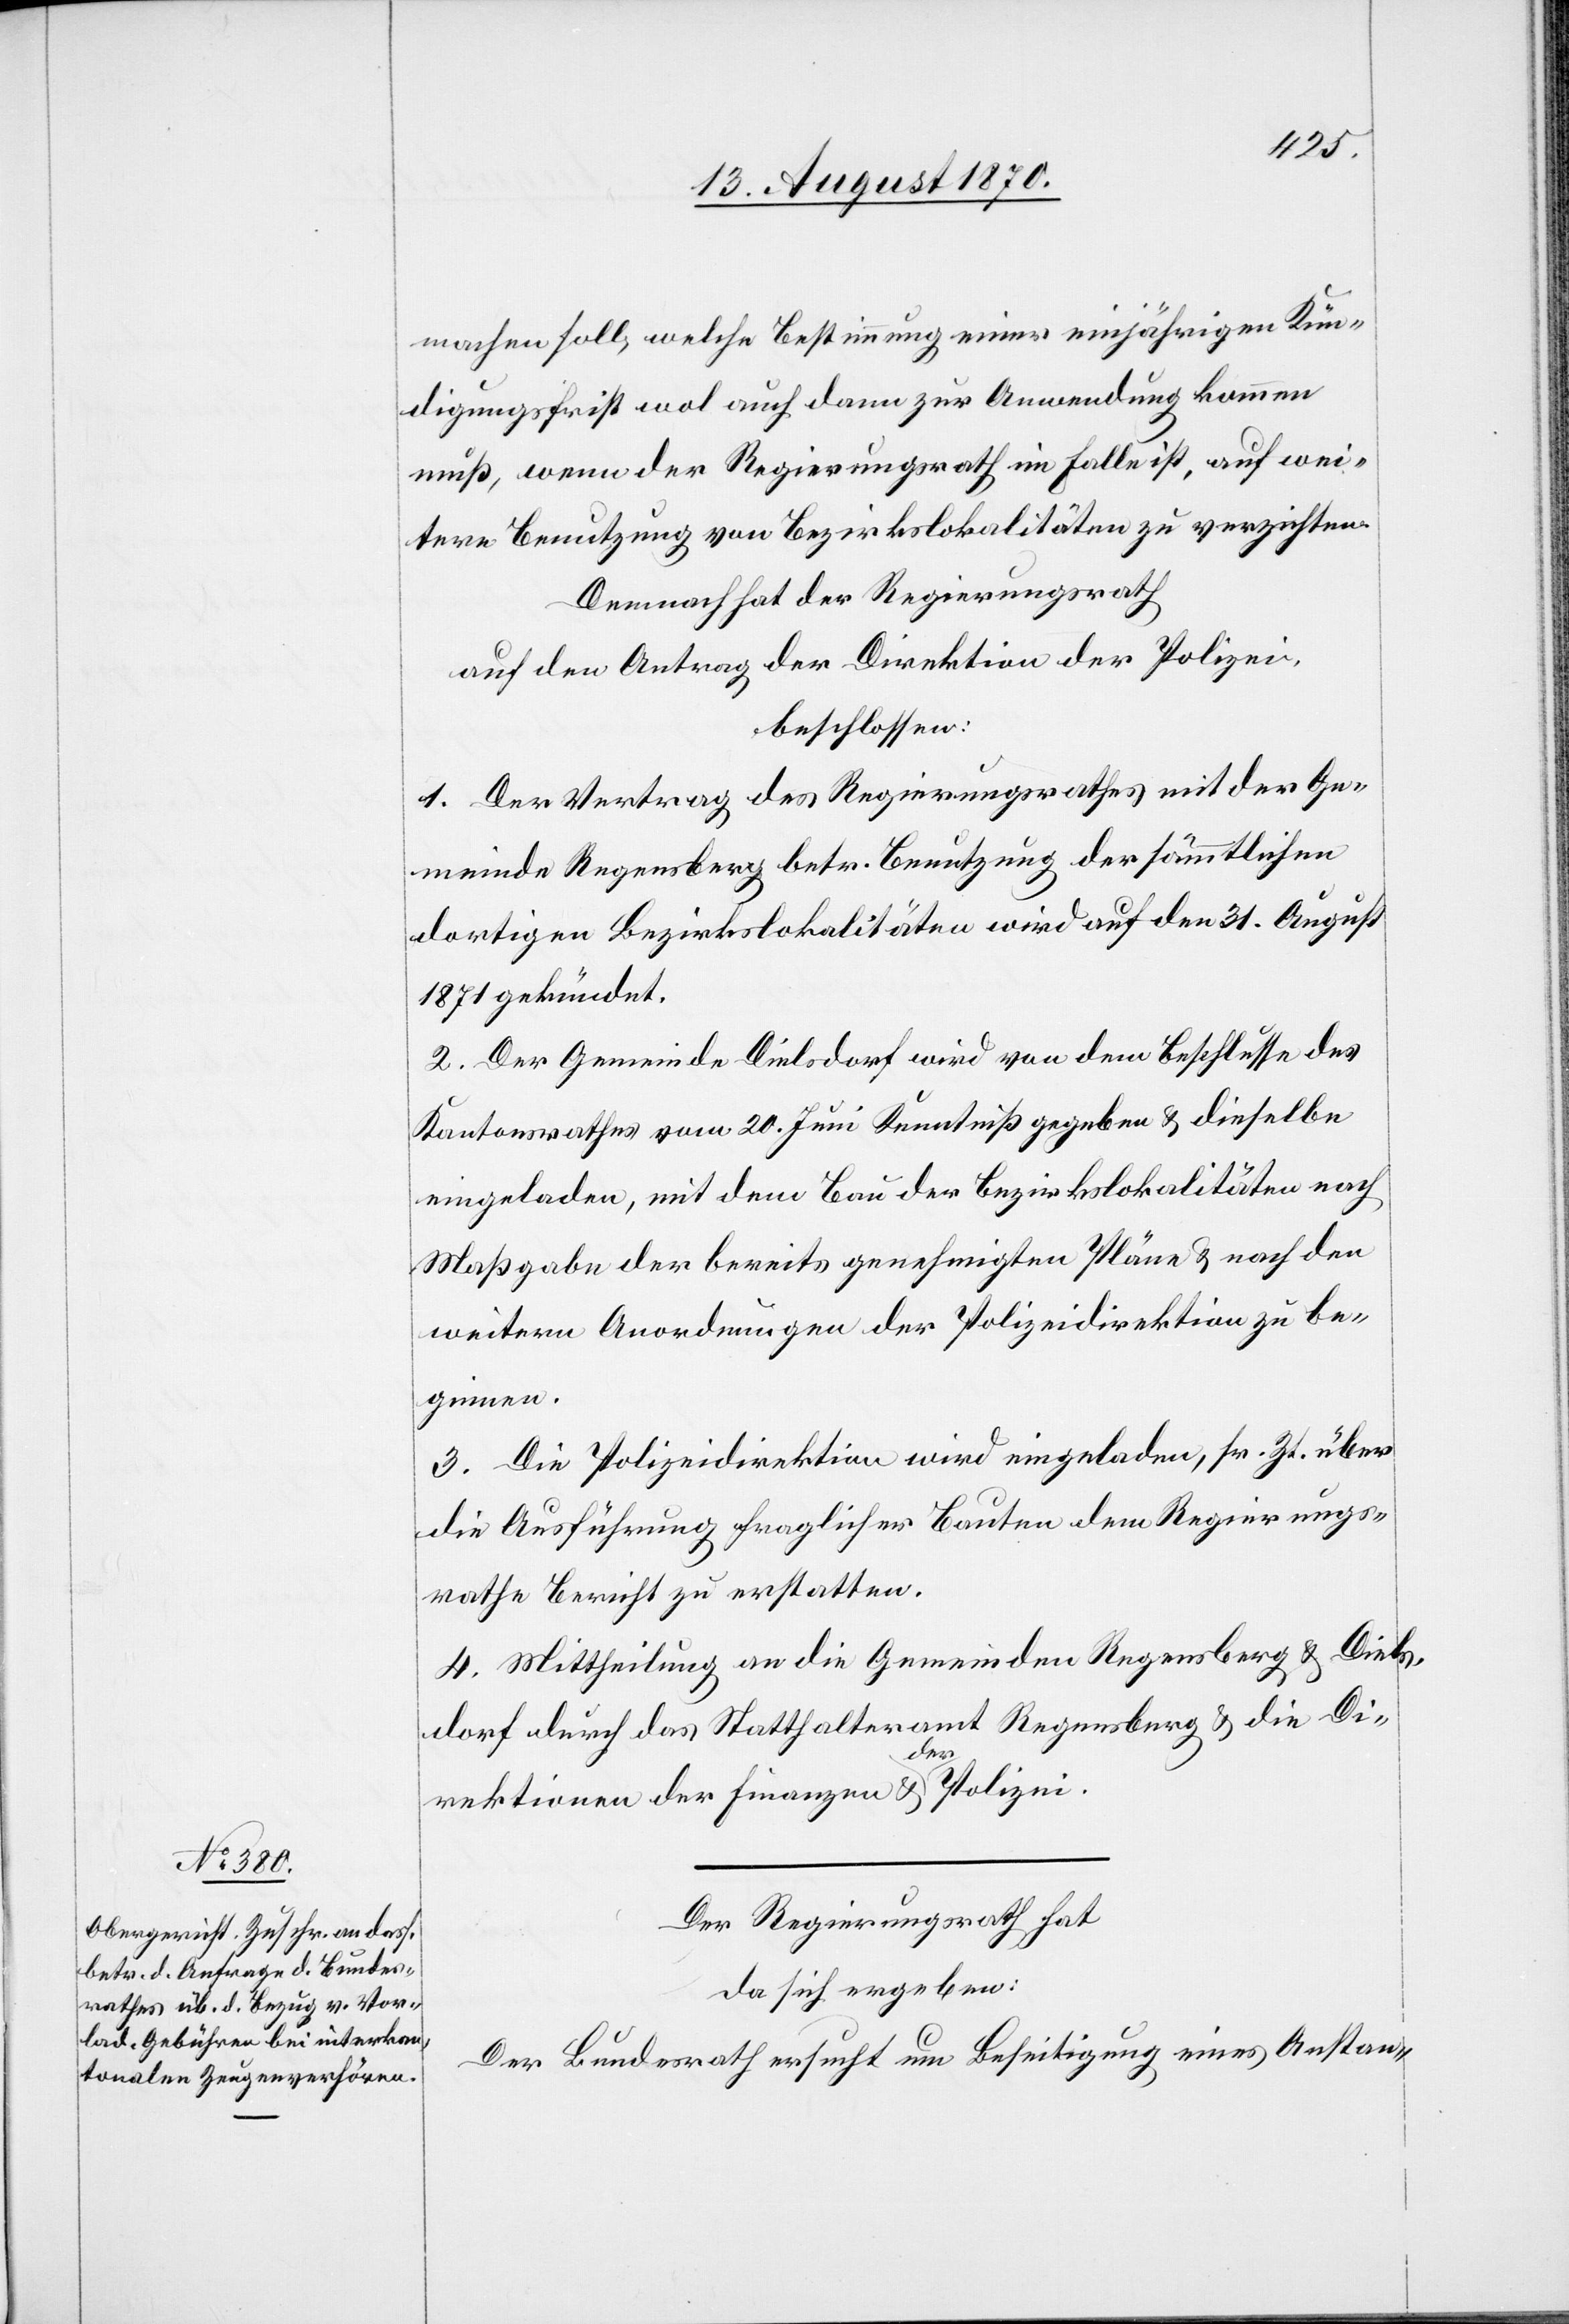
machen soll, welche Bestimmung einer einjährigen Kün¬
digungsfrist wol auch dann zur Anwendung kommen
muß, wenn der Regierungsrath im Falle ist, auf wei¬
tere Benutzung von Bezirkslokalitäten zu verzichten.
Demnach hat der Regierungsrath
auf den Antrag der Direktion der Polizei,
beschlossen:
1. Der Vertrag des Regierungsrath mit der Ge¬
meinde Regensberg betr. Benutzung der sämmtlichen
dortigen Bezirkslokalitäten wird auf den 31. August
1871 gekündet.
2. Der Gemeinde Dielsdorf wird von dem Beschlusse des
Kantonsrathes vom 20. Juni Kenntniß gegeben & dieselbe
eingeladen, mit dem Bau der Bezirkslokalitäten nach
Maßgabe der bereits genehmigten Pläne & nach den
weitern Anordnungen der Polizeidirektion zu be¬
ginnen.
3. Die Polizeidirektion wird eingeladen, sr. Zt. über
die Ausführung fraglicher Bauten dem Regierungs¬
rathe Bericht zu erstatten.
4. Mittheilung an die Gemeinde Regensberg & Diels¬
dorf durch das Statthalteramt Regensberg & die Di¬
rektionen der Finanzen & der Polizei.
Der Regierungsrath hat
da sich ergeben:
Der Bundesrath ersucht um Beseitigung eines Anstan-